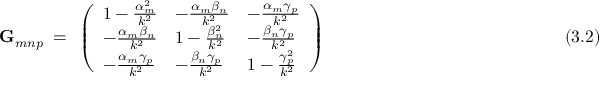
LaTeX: \mathbf { G } _ { m n p } ~ = ~ \left( { \begin{array} { l l l } { 1 - { \frac { \alpha _ { m } ^ { 2 } } { k ^ { 2 } } } } & { - { \frac { \alpha _ { m } \beta _ { n } } { k ^ { 2 } } } } & { - { \frac { \alpha _ { m } \gamma _ { p } } { k ^ { 2 } } } } \\ { - { \frac { \alpha _ { m } \beta _ { n } } { k ^ { 2 } } } } & { 1 - { \frac { \beta _ { n } ^ { 2 } } { k ^ { 2 } } } } & { - { \frac { \beta _ { n } \gamma _ { p } } { k ^ { 2 } } } } \\ { - { \frac { \alpha _ { m } \gamma _ { p } } { k ^ { 2 } } } } & { - { \frac { \beta _ { n } \gamma _ { p } } { k ^ { 2 } } } } & { 1 - { \frac { \gamma _ { p } ^ { 2 } } { k ^ { 2 } } } } \end{array} } \right) ~ ~ ~ ~ ~ ~ ~ ~ ~ ~ ~ ~ ~ ~ ~ ~ ~ ~ ~ ~ ~ ~ ~ ~ ~ ~ ~ ~ ~ ~ ~ ~ ~ ~ ~ ~ ~ ~ ~ ~ ~ ~ ~ ~ ~ ~ ~ ~ ~ ~ ~ ~ ~ ~ ( 3 . 2 )